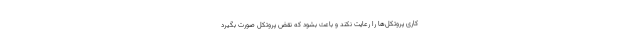
کاری پروتکل‌ها را رعایت نکند و باعث بشود که نقض پروتکل صورت بگیرد